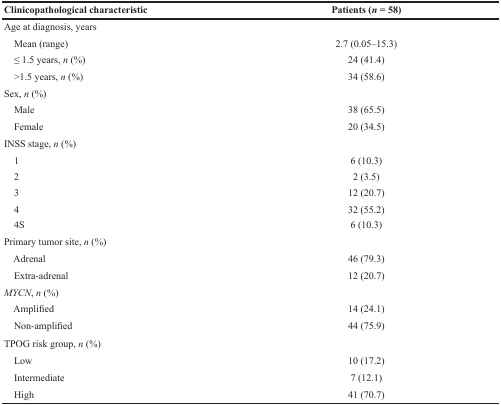
| Clinicopathological characteristic | Patients (n = 58) |
 | --- | --- |
 | Age at diagnosis, years |  |
 | Mean (range) | 2.7 (0.05–15.3) |
 | ≤ 1.5 years, n (%) | 24 (41.4) |
 | >1.5 years, n (%) | 34 (58.6) |
 | Sex, n (%) |  |
 | Male | 38 (65.5) |
 | Female | 20 (34.5) |
 | INSS stage, n (%) |  |
 | 1 | 6 (10.3) |
 | 2 | 2 (3.5) |
 | 3 | 12 (20.7) |
 | 4 | 32 (55.2) |
 | 4S | 6 (10.3) |
 | Primary tumor site, n (%) |  |
 | Adrenal | 46 (79.3) |
 | Extra-adrenal | 12 (20.7) |
 | MYCN, n (%) |  |
 | Amplified | 14 (24.1) |
 | Non-amplified | 44 (75.9) |
 | TPOG risk group, n (%) |  |
 | Low | 10 (17.2) |
 | Intermediate | 7 (12.1) |
 | High | 41 (70.7) |